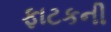
ફાટકની